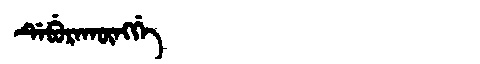
Manchu: ᡩᡝᠪᡠᡵᠠᡴᡡᠩᡤᡝ
Romanization: DEBURAKŪNGGE